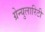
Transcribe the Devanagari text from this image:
ग्रेन्युलारिटी